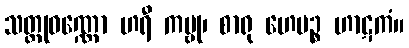
သတ္ထုဝဏ္ဏော ဟရီ ကမ္ဗု၊ စာရု ဟေမဉ္စ ဟာဋကံ။